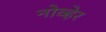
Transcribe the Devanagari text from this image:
नोव्हेर